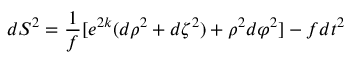
d S ^ { 2 } = { \frac { 1 } { f } } \lbrack e ^ { 2 k } ( d \rho ^ { 2 } + d \zeta ^ { 2 } ) + \rho ^ { 2 } d \varphi ^ { 2 } \rbrack - f d t ^ { 2 }